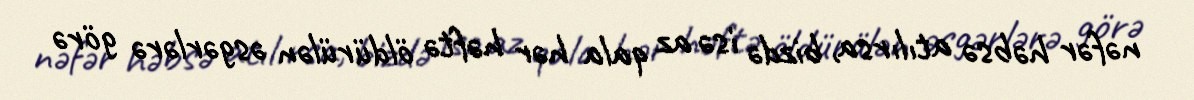
nəfər həbsə atılırsa, bizdə isə az qala hər həftə öldürülən əsgərlərə görə